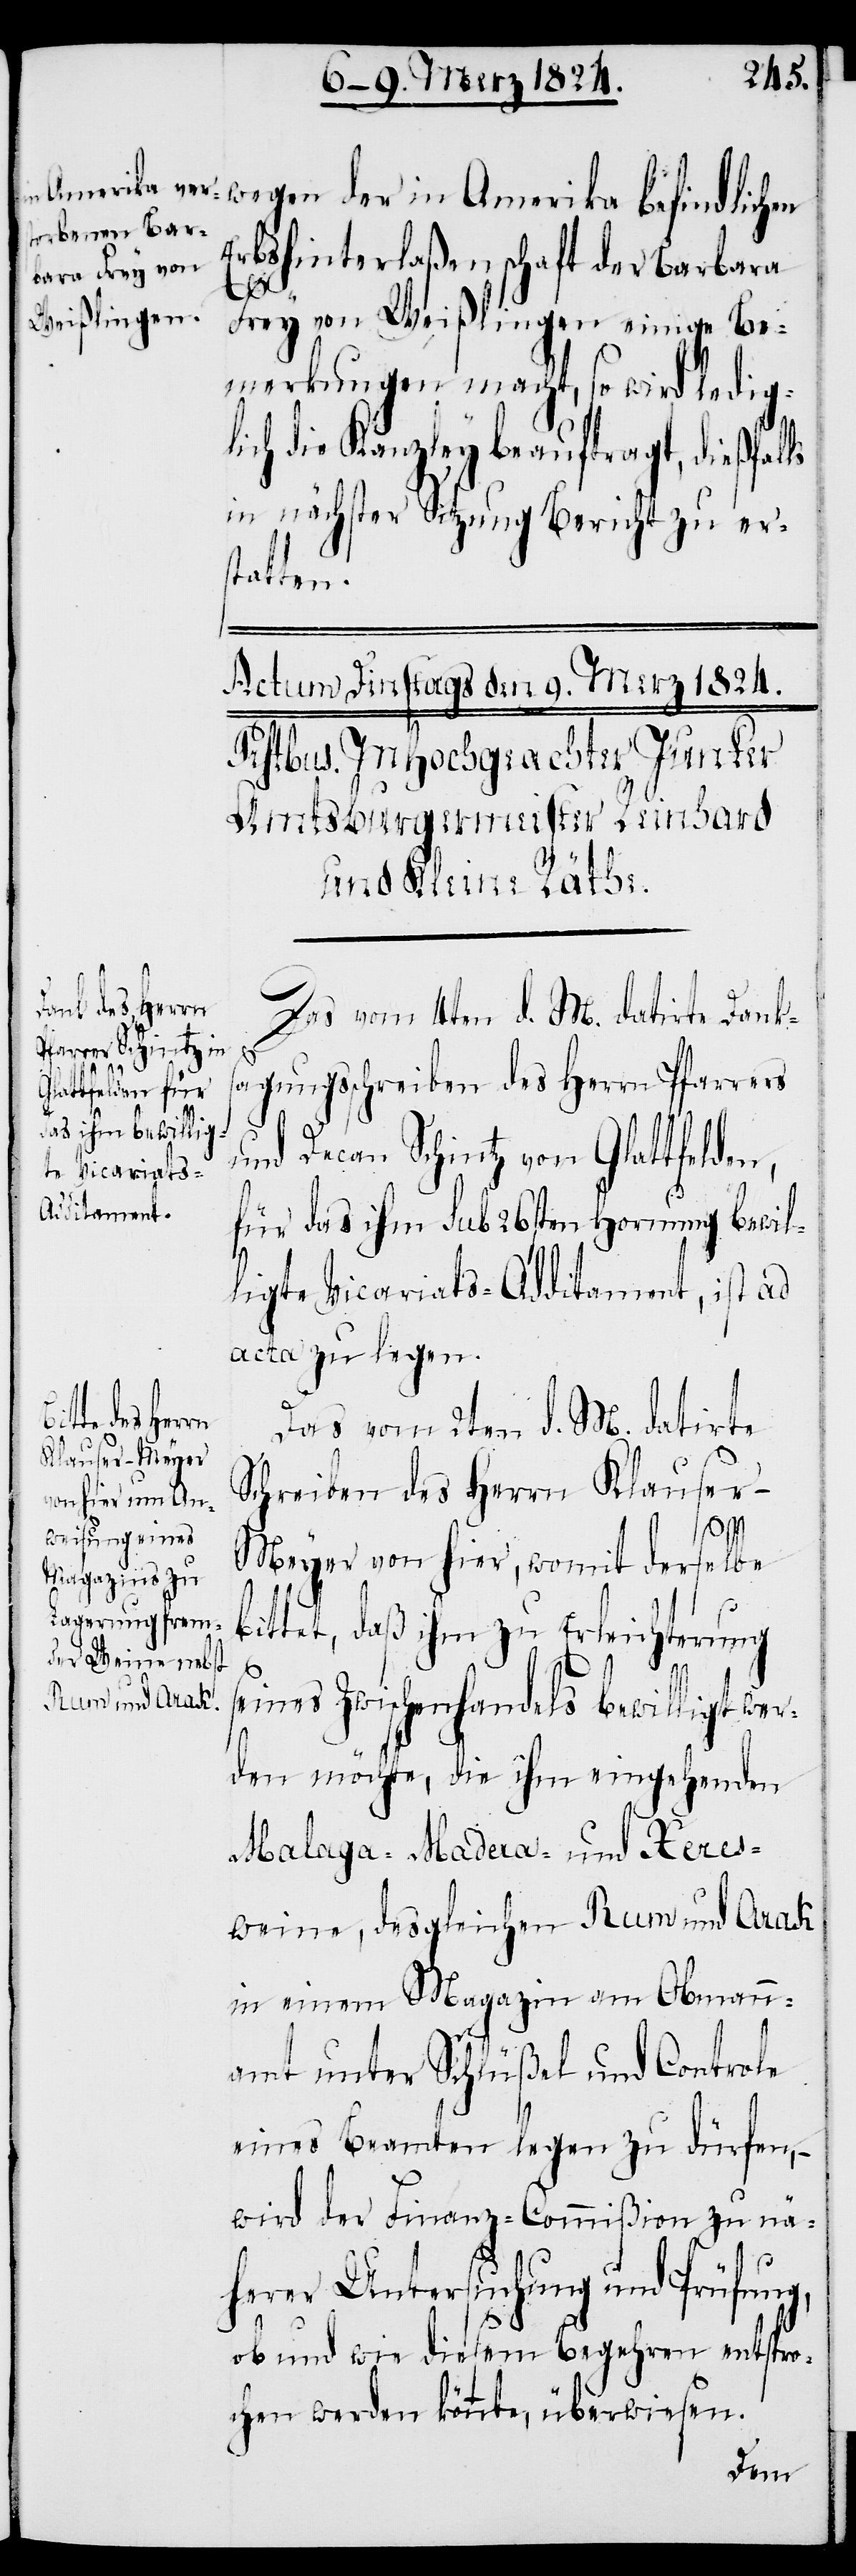
Erbshinterlaßenschaft der Barbara
s¬
Frey von Weißlingen einige Be¬
merkungen macht, so wird ledig¬
lich die Kanzley beauftragt, dießfalls
in nächster Sitzung Bericht zu er¬
statten.
Das vom 4ten d. M. datirte Danks¬
agungsschreiben des Herrn Pfarrers
und Decan Schintz von Glattfelden,
für das ihm sub 26sten Hornung bewil¬
ligte Vicariats-Additament, ist ad
acta zu legen.
wegen der in
Das vom 2ten d. M. datirte
Schreiben des Herrn Klauser-M¬
eyer von hier, womit derselbe
bittet, daß ihm zu Erleichterung
eines Zwischenhandels bewilligt wer¬
den möchte, die ihm eingehenden
Malaga- Madera und Xeres¬
weine, desgleichen Rum und Arak
in einem Magazin am Obmann¬
amt unter Schlüßel und Controle
eines Beamten legen zu dürfen, –
wird der Finanz-Commißion zu nä¬
herer Untersuchung und Prüfung,
ob und wie diesem Begehren entspro¬
chen werden könnte, überwiesen.